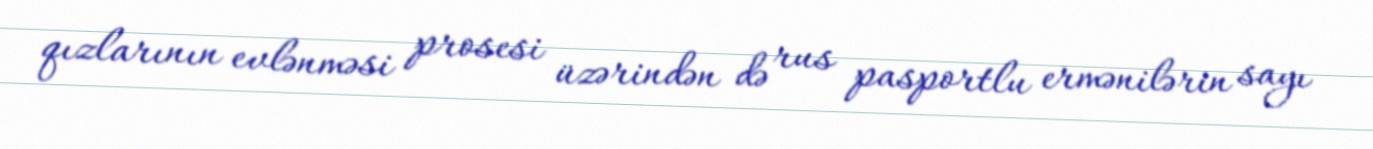
qızlarının evlənməsi prosesi üzərindən də rus pasportlu ermənilərin sayı